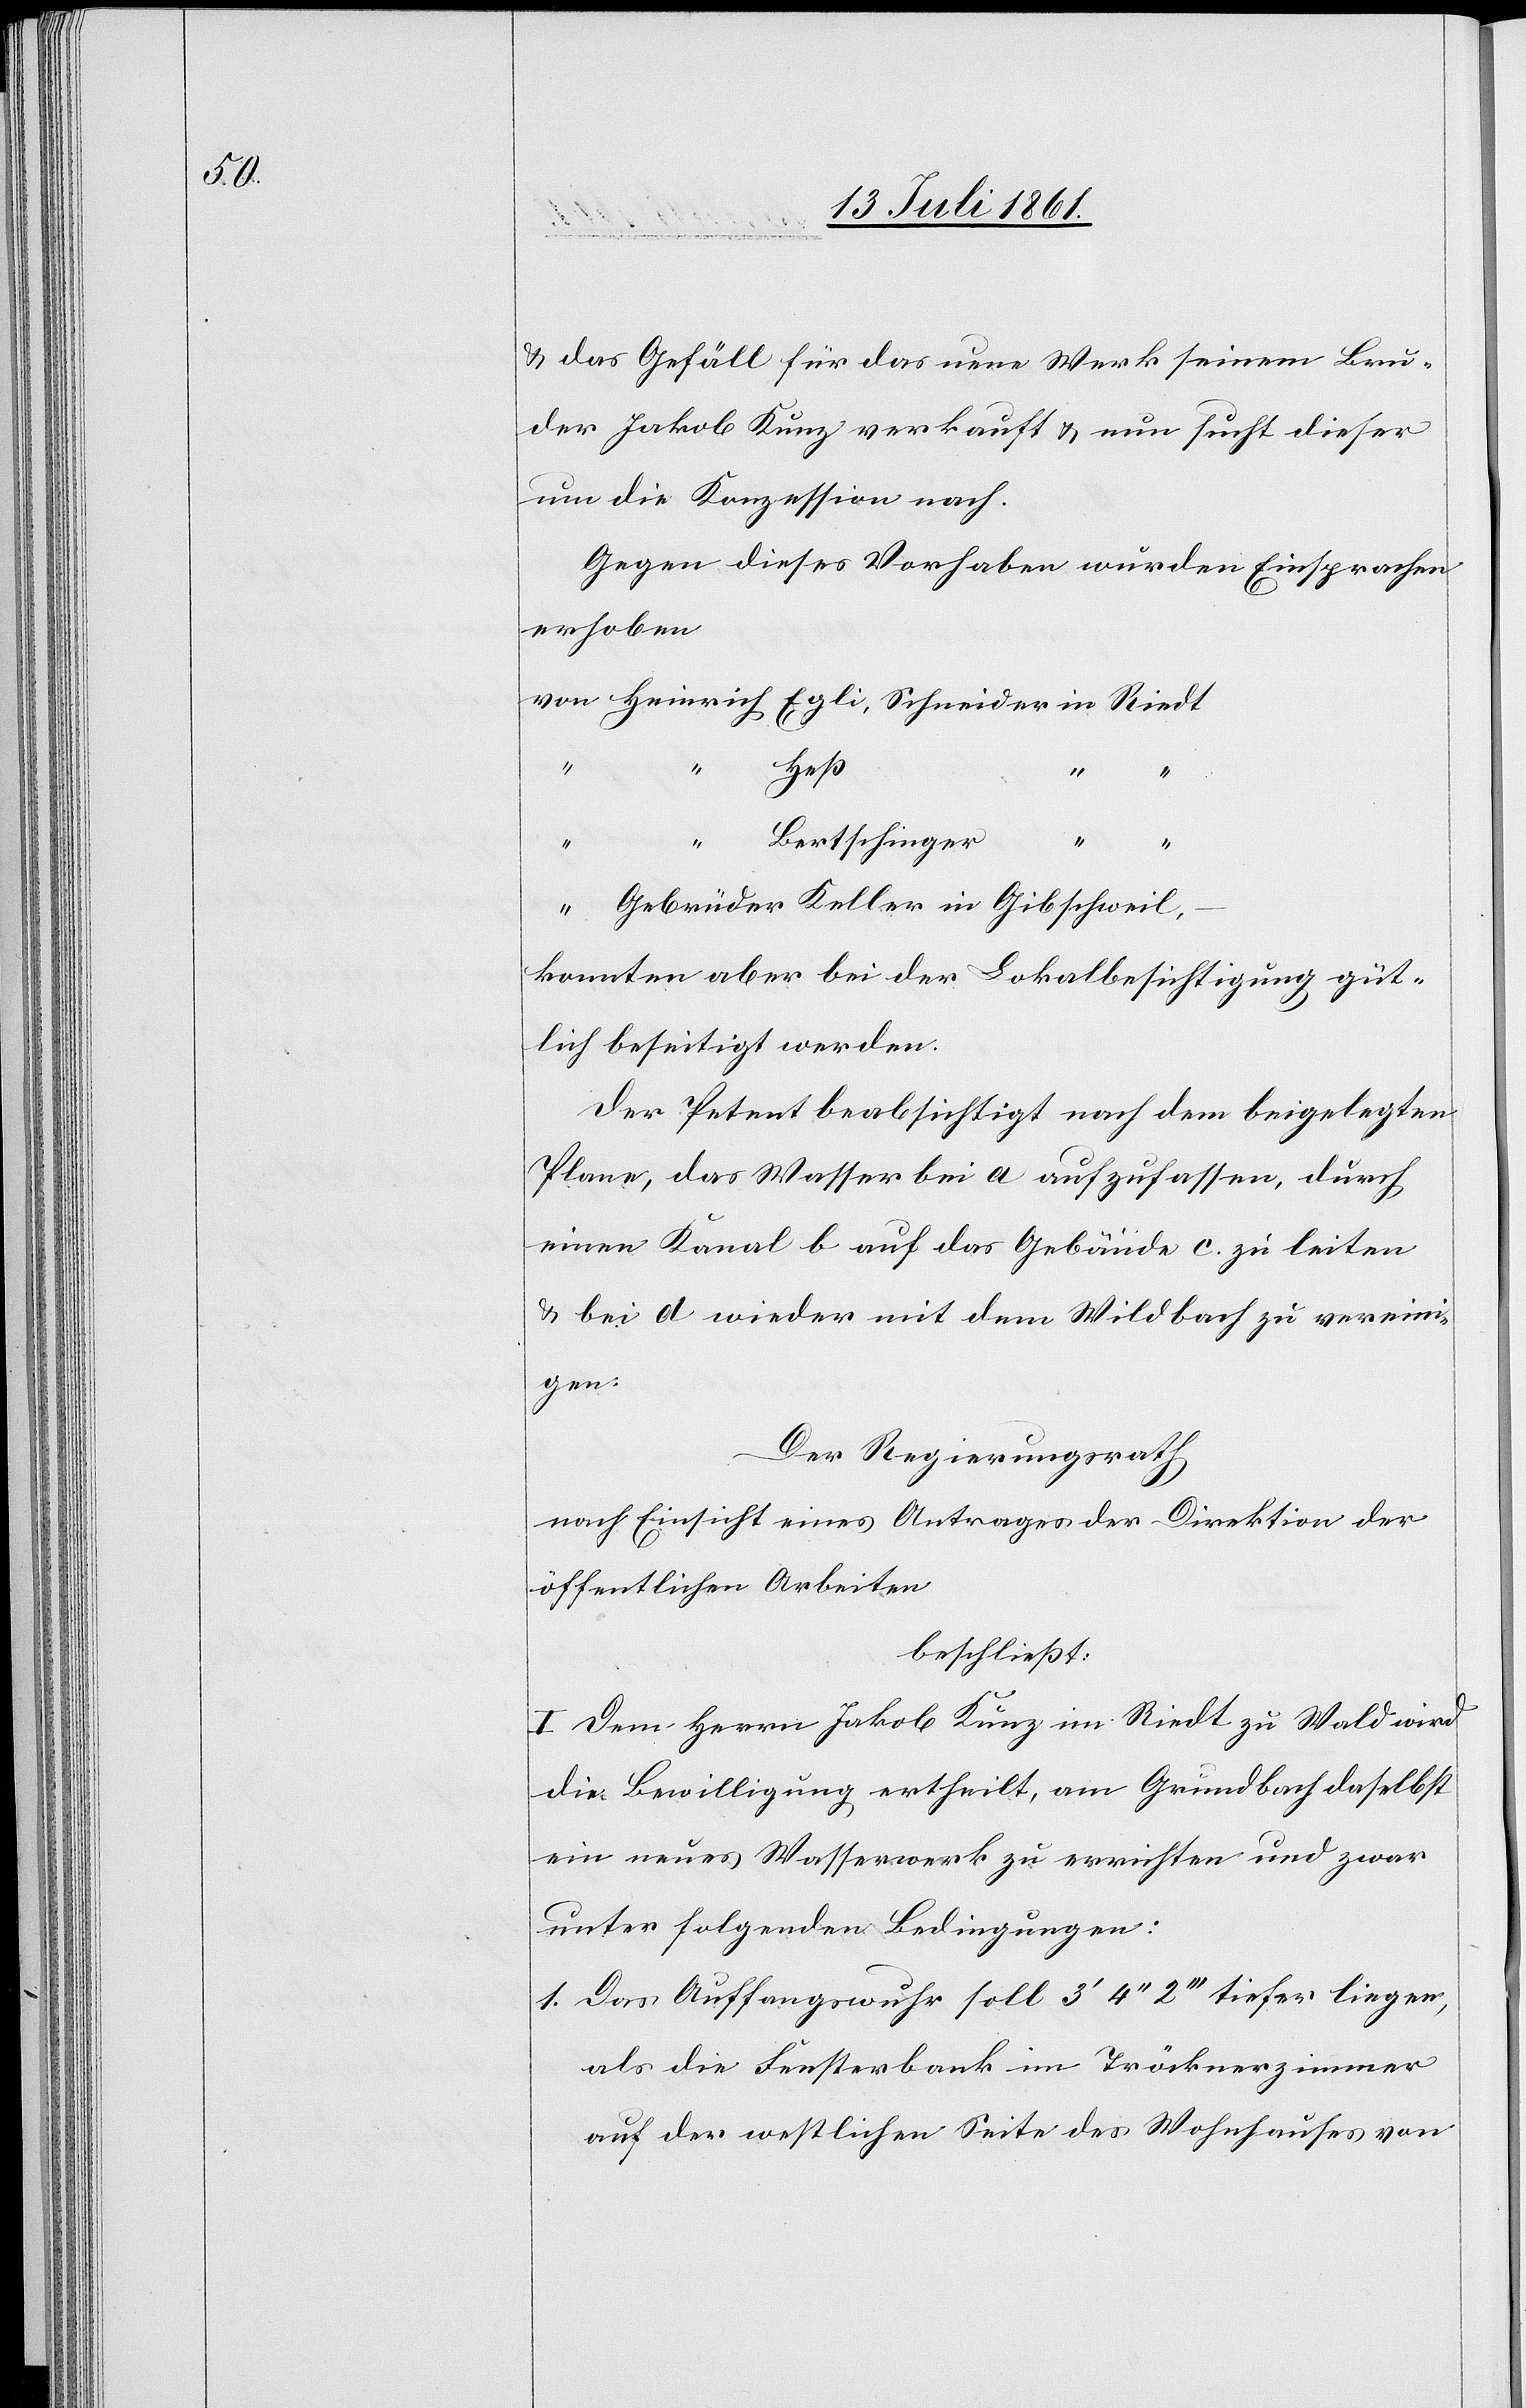
u. das Gefäll für das neue Werk seinem Bru¬
der Jakob Kunz verkauft u. nun sucht dieser
um die Konzession nach.
Gegen dieses vorhaben wurden Einsprachen
erhoben
von	Heinrich Egli, Schneider in Riedt
Bertschinger	“
“	Gebrüder Keller in Gibschweil,
konnten aber bei der Lokalbesichtigung güt¬
lich beseitigt werden.
Der Petent beabsichtigt nach dem beigelegten
Plane, das Wasser bei a aufzufassen, durch
einen Kanal b auf das Gebäude c. zu leiten
u. bei d wieder mit dem Wildbach zu vereini¬
gen.
Der Regierungsrath
nach Einsicht eines Antrages der Direktion der
öffentlichen Arbeiten,
beschließt:
I. Dem Herrn Jakob Kunz im Riedt zu Wald wird
die Bewilligung ertheilt, am Grundbach daselbst
ein neues Wasserwerk zu errichten und zwar
unter folgenden Bedingungen:
1. Das Auffangswuhr soll 3’ 4“ 2’’’ tiefer liegen,
als die Fensterbank im Tröcknerzimmer
auf der westlichen Seite des Wohnhauses von